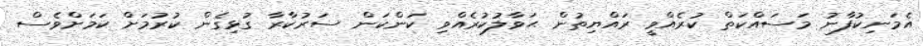
އެމަނިކުފާނު މަސައްކަތް ކުރެއްވީ ރައްޔިތުން ޙަވާލުކުރެއްވި ކަންކަން ސަރުކާރާ ގުޅިގެން ކުރުމަށް ކަމަށްވެސް